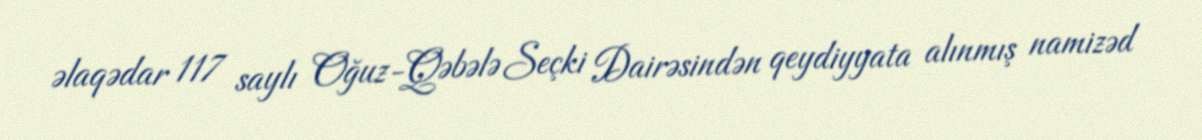
əlaqədar 117 saylı Oğuz-Qəbələ Seçki Dairəsindən qeydiyyata alınmış namizəd